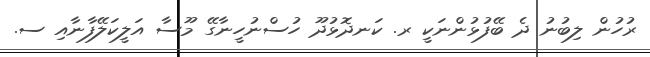
ރުހުން ލިބުނު ދެ ބޭފުޅުންނަކީ ރ. ކަނދޮޅުދޫ ހުސްނުހީނާގޭ މޫސާ އަލީކަލޭފާނާއި ސ.